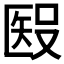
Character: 𥏏